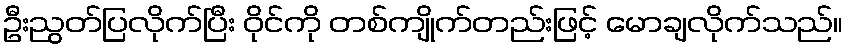
ဦးညွတ်ပြလိုက်ပြီး ဝိုင်ကို တစ်ကျိုက်တည်းဖြင့် မောချလိုက်သည်။